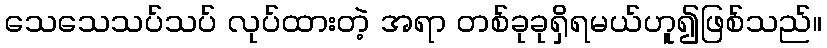
သေသေသပ်သပ် လုပ်ထားတဲ့ အရာ တစ်ခုခုရှိရမယ်ဟူ၍ဖြစ်သည်။